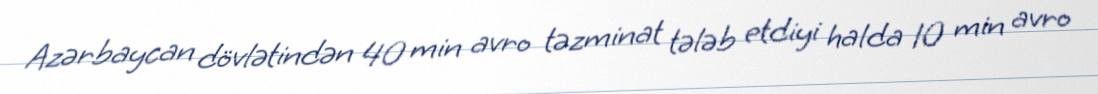
Azərbaycan dövlətindən 40 min avro təzminat tələb etdiyi halda 10 min avro